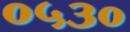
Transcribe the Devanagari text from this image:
०५३०